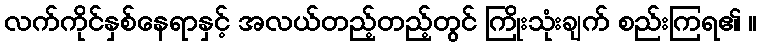
လက်ကိုင်နှစ်နေရာနှင့် အလယ်တည့်တည့်တွင် ကြိုးသုံးချက် စည်းကြရ၏ ။